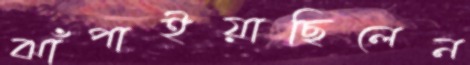
ঝাঁপাইয়াছিলেন